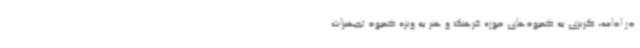
در ادامه، گریزی به کمبودهای حوزه فرهنگ و هنر به ویژه کمبود تجهیزات